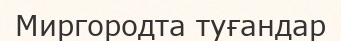
Миргородта туғандар